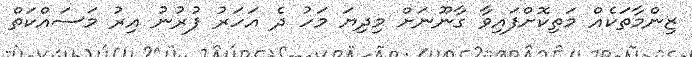
ޒިންމާތަކެއް މަތިކޮށްފައިވާ ގާނޫނަށް މިދިޔަ މަހު ދެ އަހަރު ފުރުނު އިރު މަސައްކަތް